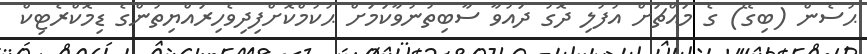
ޙުސެން (ބިގޭ) ގެ މައްޗަށް އުފުލި ދޮގު ދައުވާ ސާބިތުނުވާކަމަށް ޙުކުމްކޮށްފިދިވެހިރައްޔިތުންގެ ޑިމޮކްރެޓިކް